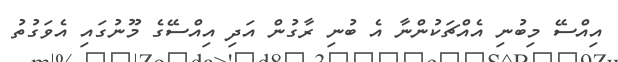
އިއްސޭ މިބުނި އެއްޗަކުންނާ އެ ބުނި ރާގުން އަދި އިއްސޭގެ މޫނުގައި އެވަގުތު